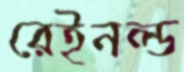
রেইনল্ড